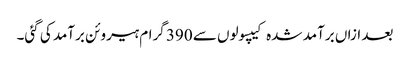
بعد ازاں برآمد شدہ کیپسولوں سے 390 گرام ہیروئن برآمد کی گئی۔